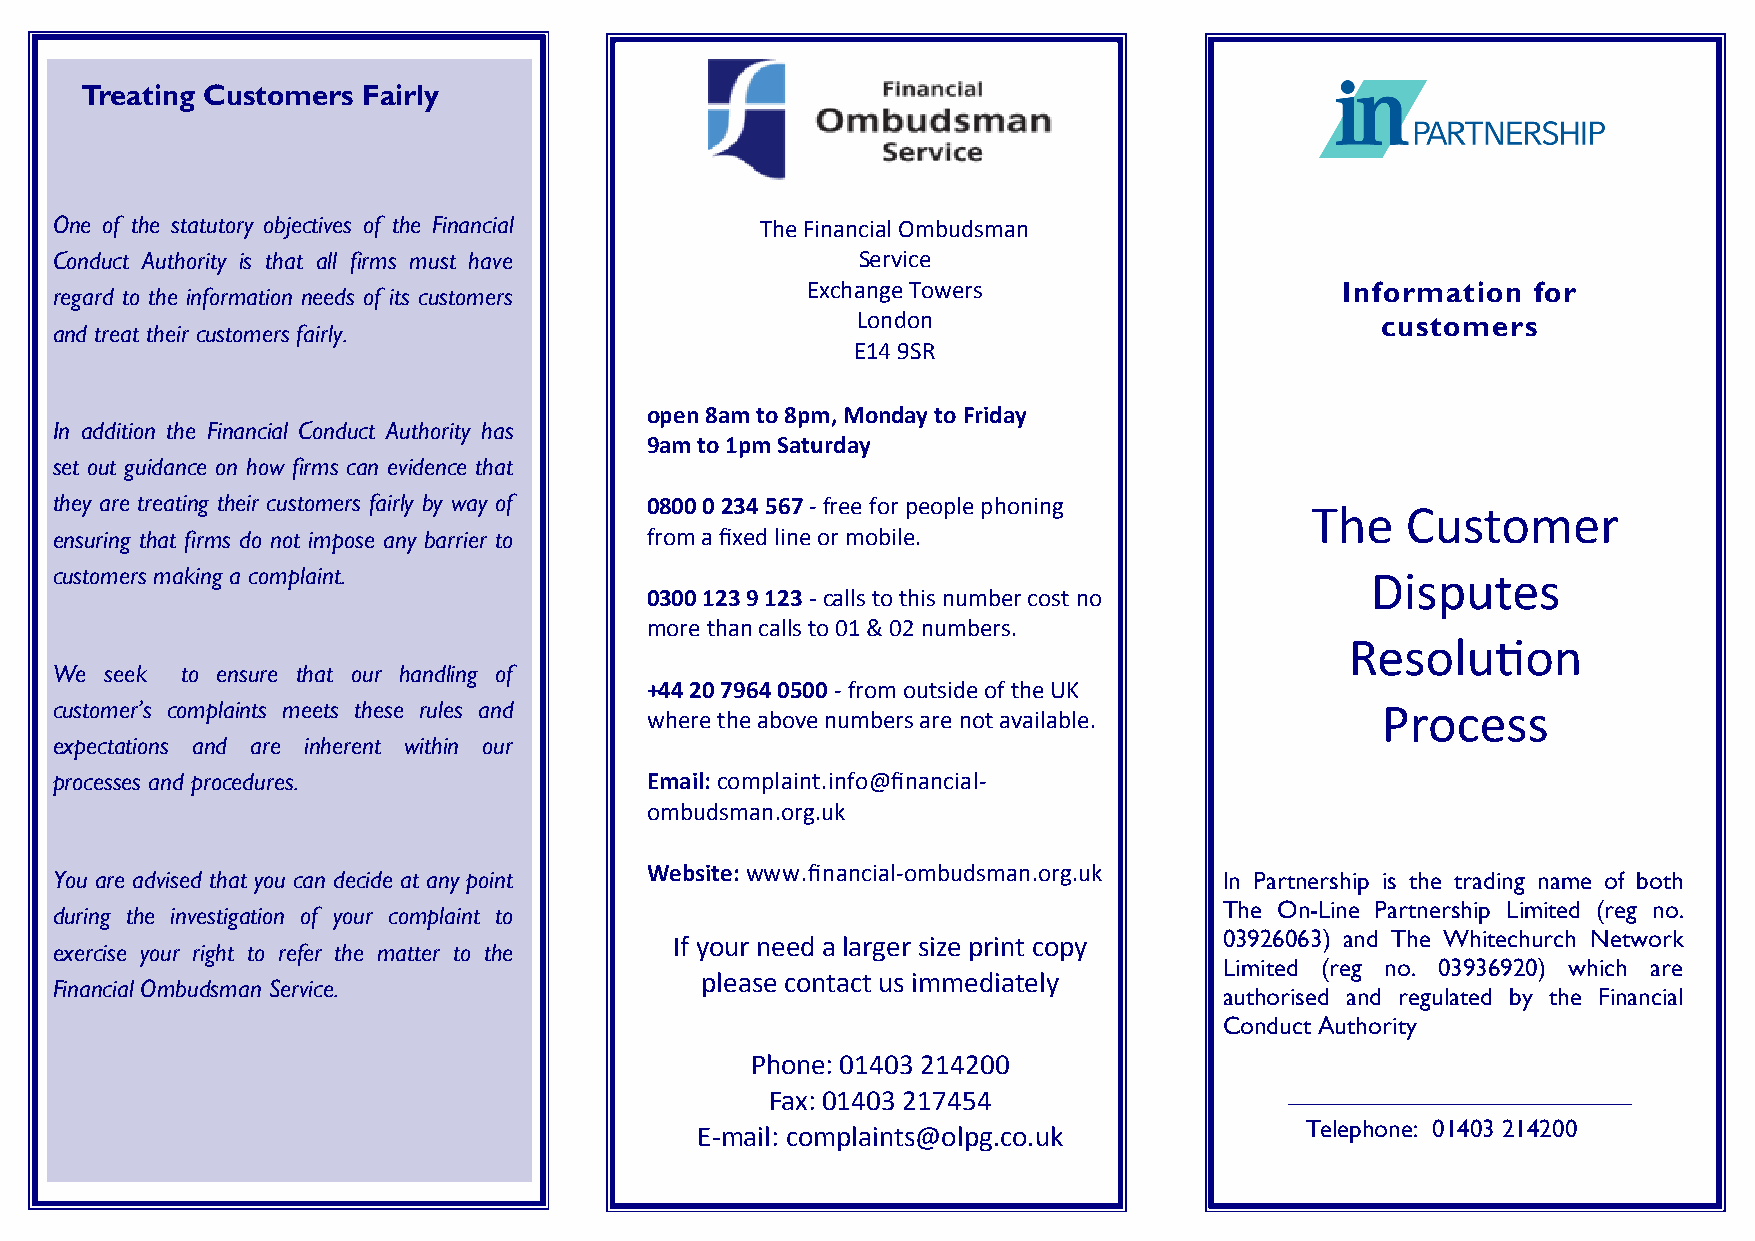
Treating Customers Fairly
 One of the statutory objectives of the Financial The Financial Ombudsman
 Conduct Authority is that all firms must have        Service
 Exchange Towers                     Information  for
 regard to the information needs of its customers
 London                            customers
 and treat their customers fairly.
 E14 9SR
 open 8am to 8pm, Monday to Friday
 In addition the Financial Conduct Authority has
 9am to 1pm Saturday
 set out guidance on how firms can evidence that
 they are treating their customers fairly by way of 0800 0 234 567 - free for people phoning
 The   Customer
 ensuring that firms do not impose any barrier to from a fixed line or mobile.
 customers making a complaint.                                                          Disputes
 0300 123 9 123 - calls to this number cost no
 more than calls to 01 & 02 numbers.
 Resolution
 We seek to ensure that our handling of
 +44 20 7964 0500 - from outside of the UK
 customer’s complaints meets these rules and                                            Process
 where the above numbers are not available.
 expectations and are inherent within our
 processes and procedures.              Email: complaint.info@financial-
 ombudsman.org.uk
 Website: www.financial-ombudsman.org.uk
 You are advised that you can decide at any point                             In Partnership is the trading name of both
 during the investigation of your complaint to                                The On-Line Partnership Limited (reg no.
 If your need a larger size print copy 03926063) and The Whitechurch Network
 exercise your right to refer the matter to the
 Limited (reg no. 03936920) which are
 please contact us immediately
 Financial Ombudsman Service.
 authorised and regulated by the Financial
 Conduct Authority
 Phone: 01403 214200
 Fax: 01403 217454
 E-mail: complaints@olpg.co.uk           Telephone: 01403 214200